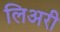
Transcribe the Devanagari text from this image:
लिअरी